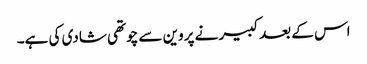
اس کے بعد کبیر نے پروین سے چوتھی شادی کی ہے۔